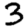
Digit: 3